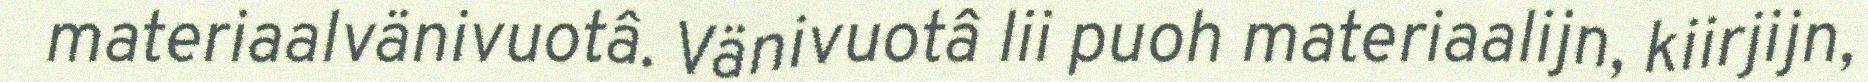
materiaalvänivuotâ. Vänivuotâ lii puoh materiaalijn, kiirjijn,